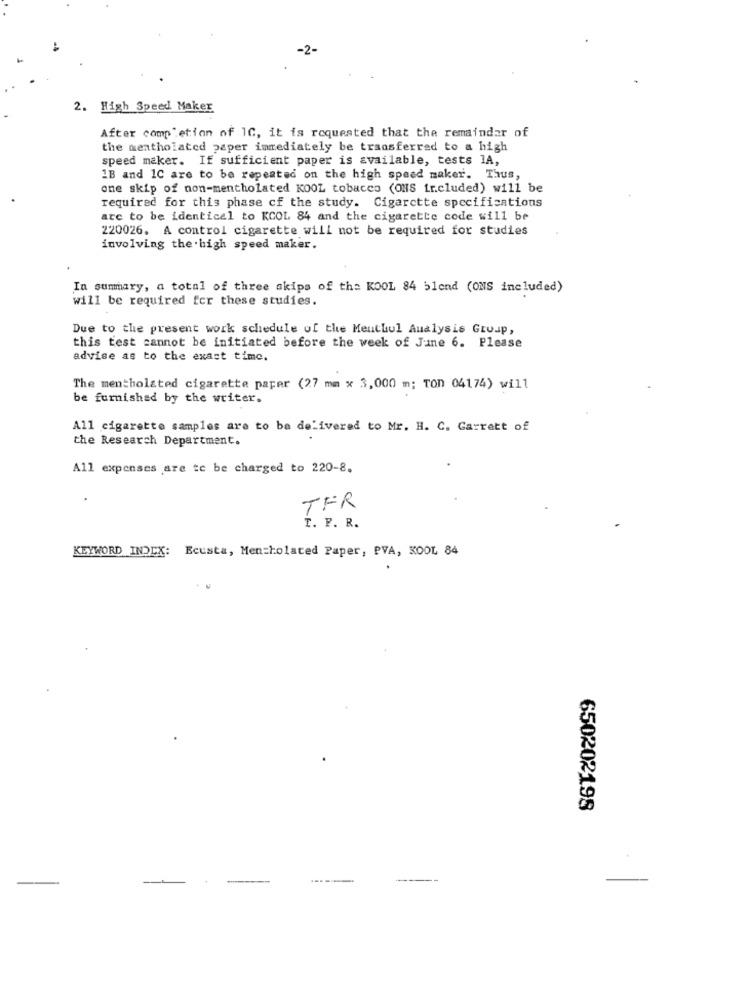
-2-
2. High Speed Maker
After completion of 10, it is requested that the remainder of
the mentholated paper immediately be transferred to a high
speed maker. If sufficient paper is available, tests 1A,
1B and 1C are to be repeated on the high speed maker. Thus,
one skip of non-mentholated KOOL tobacco (ONS fr.cluded) will be
required for this phase cf the study. Cigarette specifications
are to be identical to KCOL 84 and the cigarette code will be
220026. A control cigarette will not be required for studies
involving the high speed maker.
In summary, a total of three skips of the KOOL 84 51end (OMS included)
will be required for these studies.
Due to the present work schedule of the Menthul Analysis Group,
this test cannot be initiated before the week of June 6. Please
advise as to the exact time.
The mentholated cigarette paper (27 mm x 3,000 m; Ton 04174) will
be furnished by the writer.
All cigarette samples are to be delivered to Mr. H. C. Garrett of
the Research Department.
All expenses are te be charged to 220-8.
TFR
T. P. R.
KEYWORD INDEX: Ecusta, Mentholated Paper, PVA, KOOL 84
650202198
-
---.-
-